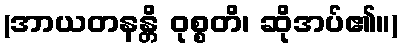
(အာယတနန္တိ ဝုစ္စတိ၊ ဆိုအပ်၏။)